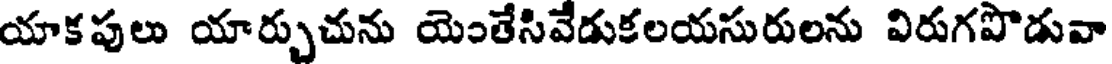
యాకపులు యార్చుచును యెంతేసివేడుకలయసురులను విరుగపొడువా